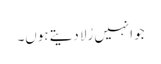
جو انہیں رُلا دیتے ہوں۔